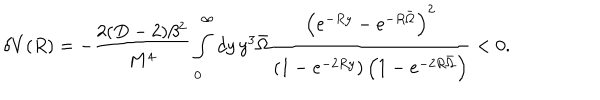
\delta V ( R ) = - \frac { 2 ( D - 2 ) \beta ^ { 2 } } { M ^ { 4 } } \int _ { 0 } ^ { \infty } d y \, y ^ { 3 } \bar { \Omega } \frac { \left( e ^ { - R y } - e ^ { - R \bar { \Omega } } \right) ^ { 2 } } { \left( 1 - e ^ { - 2 R y } \right) \left( 1 - e ^ { - 2 R \bar { \Omega } } \right) } < 0 .